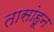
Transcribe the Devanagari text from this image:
तासांहून